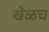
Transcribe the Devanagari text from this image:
खेळच